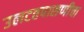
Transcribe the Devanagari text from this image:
उलटतपासणीचा